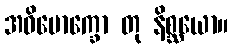
အဓိမောက္ခော တု နိစ္ဆယော။